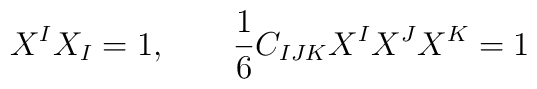
X^I X_I=1 , \qquad {1\over 6}C_{IJK} X^I X^J X^K =1